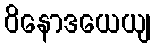
ဝိနောဒယေယျ